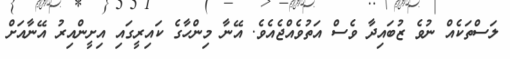
ލަސްތަކެއް ނުވެ ޒުބައިދާ ވެސް އަތުވެއްޖެއެވެ. އޭނާ މިންހާގެ ކައިރީގައި އިށީންއިރު އޭނާއަށް